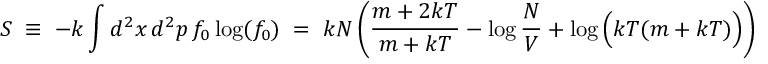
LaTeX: S \; \equiv \; - k \int d ^ { 2 } x \, d ^ { 2 } p \, f _ { 0 } \log ( f _ { 0 } ) \; = \; k N \left( \frac { m + 2 k T } { m + k T } - \log \frac { N } { V } + \log \Big ( k T ( m + k T ) \Big ) \right)